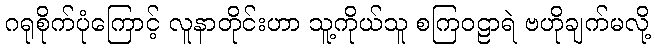
ဂရုစိုက်ပုံကြောင့် လူနာတိုင်းဟာ သူ့ကိုယ်သူ စကြဝဠာရဲ ဗဟိုချက်မလို့